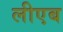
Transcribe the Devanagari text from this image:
लीएब